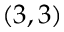
( 3 , 3 )